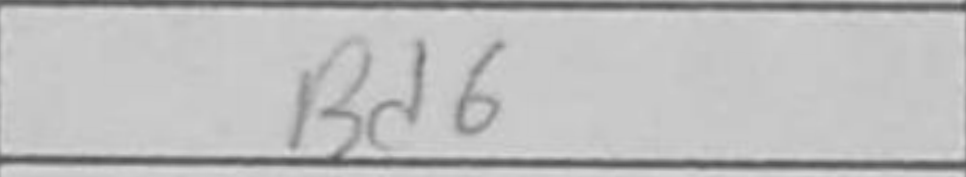
Transcription: Bd6